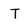
Character: T